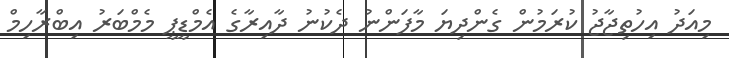
މިއަދު އިހުތިޖާޖު ކުރަމުން ގެންދިޔަ މާފަންނު ދެކުނު ދާއިރާގެ އެމްޑީޕީ މެމްބަރު އިބްރާހިމް